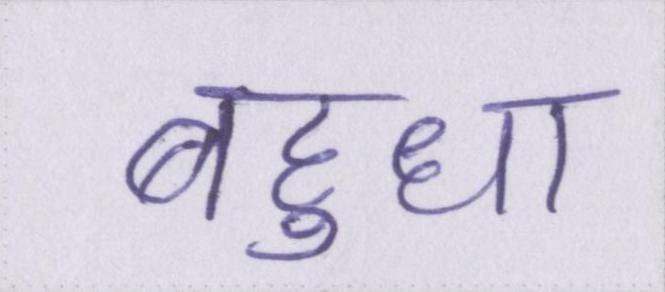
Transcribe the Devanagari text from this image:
बहुधा